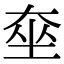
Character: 𡘫